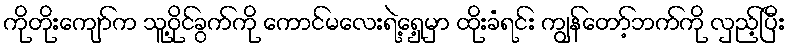
ကိုတိုးကျော်က သူ့ဝိုင်ခွက်ကို ကောင်မလေးရဲ့ရှေ့မှာ ထိုးခံရင်း ကျွန်တော့်ဘက်ကို လှည့်ပြီး